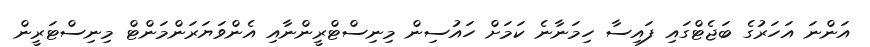
އަންނަ އަހަރުގެ ބަޖެޓްގައި ފައިސާ ހިމަނާނެ ކަމަށް ހައުސިން މިނިސްޓްރީންނާއި އެންވަޔަރަންމަންޓް މިނިސްޓަރީން